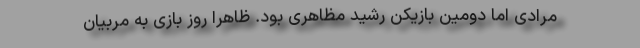
مرادی اما دومین بازیکن رشید مظاهری بود. ظاهرا روز بازی به مربیان